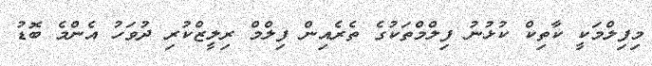
މިފިލްމަކީ ކާތިކް ކުޅުނު ފިލްމްތަކުގެ ތެރެއިން ފިލްމް ރިލީޒްކުރި ދުވަހު އެންމެ ބޮޑު